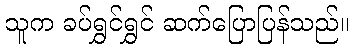
သူက ခပ်ရွှင်ရွှင် ဆက်ပြောပြန်သည်။